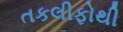
તકલીફોથી